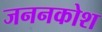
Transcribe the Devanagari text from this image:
जननकोश